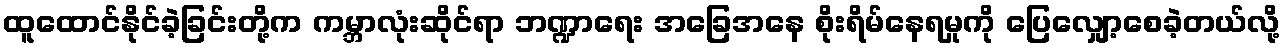
ထူထောင်နိုင်ခဲ့ခြင်းတို့က ကမ္ဘာလုံးဆိုင်ရာ ဘဏ္ဍာရေး အခြေအနေ စိုးရိမ်နေရမှုကို ပြေလျှော့စေခဲ့တယ်လို့